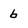
Character: 6